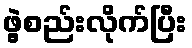
ဖွဲ့စည်းလိုက်ပြီး